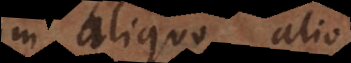
in aliquo alio,